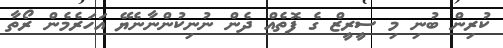
ކުރިން ބުނި މި ސީރީޒް ގެ ފޮތެއް ދެން ނުނިކުންނާނެޔޭ އަހަރެމެން ރޯތާ